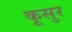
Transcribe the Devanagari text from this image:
कूसुर